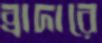
ব্রাদারে